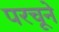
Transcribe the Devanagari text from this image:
परचूने